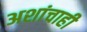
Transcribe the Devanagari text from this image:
अशांचाही